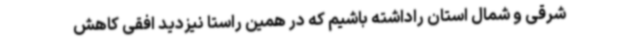
شرقی و شمال استان راداشته باشیم که در همین راستا نیزدید افقی کاهش